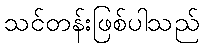
သင်တန်းဖြစ်ပါသည်